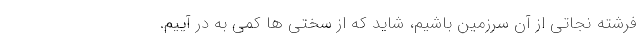
فرشته نجاتی از آن سرزمین باشیم، شاید که از سختی ها کمی به در آییم.